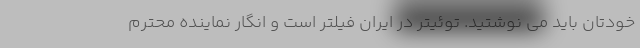
خودتان باید می نوشتید. توئیتر در ایران فیلتر است و انگار نماینده محترم